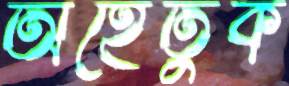
অহেতুক